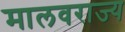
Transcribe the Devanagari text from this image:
मालवराज्य